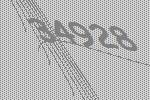
34928